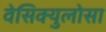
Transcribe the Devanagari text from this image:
वेसिक्युलोसा